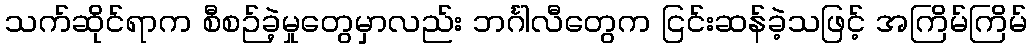
သက်ဆိုင်ရာက စီစဉ်ခဲ့မှုတွေမှာလည်း ဘင်္ဂါလီတွေက ငြင်းဆန်ခဲ့သဖြင့် အကြိမ်ကြိမ်